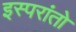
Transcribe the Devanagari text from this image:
इस्परांतो